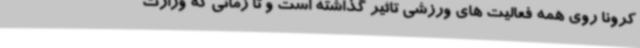
کرونا روی همه فعالیت های ورزشی تاثیر گذاشته است و تا زمانی که وزارت